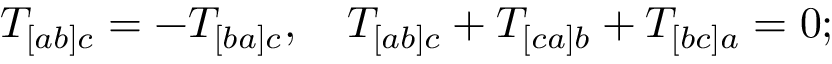
T _ { [ a b ] c } = - T _ { [ b a ] c } , \quad T _ { [ a b ] c } + T _ { [ c a ] b } + T _ { [ b c ] a } = 0 ;